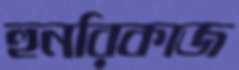
হুনরিকাজ